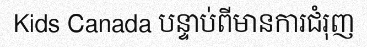
Kids Canada បន្ទាប់ពីមានការជំរុញ